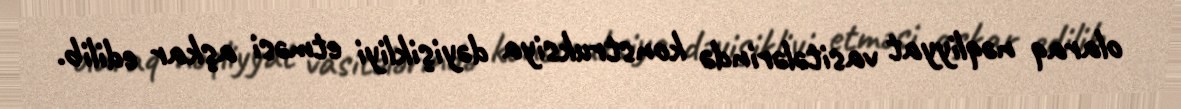
olaraq nəqliyyat vasitələrində konstruksiya dəyişikliyi etməsi aşkar edilib.